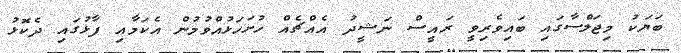
ބަޔަކު މިޖަލްސާގައި ބައިވެރިވީ ރައީސް ނަޝީދު އެއްޗެއް ހުށަހަޅުއްވުމުން އެކަމާއި ފާޅުގައި ދެކޮޅު